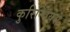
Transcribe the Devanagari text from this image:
कुरिन्थियंस